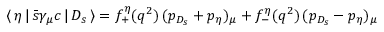
\langle \, \eta \, | \, \bar { s } \gamma _ { \mu } c \, | \, D _ { s } \, \rangle = f _ { + } ^ { \eta } ( q ^ { 2 } ) \, ( p _ { D _ { s } } + p _ { \eta } ) _ { \mu } + f _ { - } ^ { \eta } ( q ^ { 2 } ) \, ( p _ { D _ { s } } - p _ { \eta } ) _ { \mu }